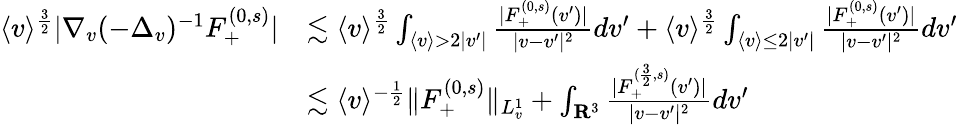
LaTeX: \begin{array}{rl}{\langle v\rangle^{\frac{3}{2}}|\nabla_{v}(-\Delta_{v})^{-1}F_{+}^{(0,s)}|}&{\lesssim\langle v\rangle^{\frac{3}{2}}\int_{\langle v\rangle>2|v^{\prime}|}\frac{|F_{+}^{(0,s)}(v^{\prime})|}{|v-v^{\prime}|^{2}}dv^{\prime}+\langle v\rangle^{\frac{3}{2}}\int_{\langle v\rangle\leq 2|v^{\prime}|}\frac{|F_{+}^{(0,s)}(v^{\prime})|}{|v-v^{\prime}|^{2}}dv^{\prime}}\\ &{\lesssim\langle v\rangle^{-\frac{1}{2}}\| F_{+}^{(0,s)}\| _{L_{v}^{1}}+\int_{\mathbf R^{3}}\frac{|F_{+}^{(\frac{3}{2},s)}(v^{\prime})|}{|v-v^{\prime}|^{2}}dv^{\prime}}\end{array}